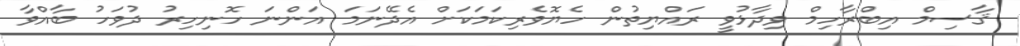
ޤާސިމް އިބްރާހިމް ވިދާޅުވީ ރައްޔިތުން ހެޔޮވެރިކަމަކަށް އެދޭނަމަ އަންނަ ހޮނިހިރު ދުވަހު ބާއްވާ